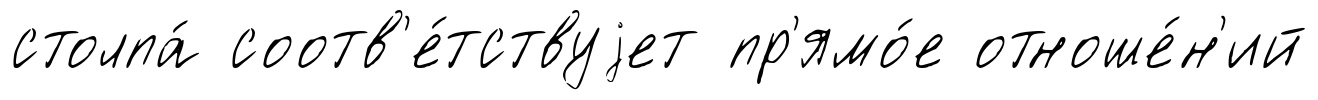
столпа́ соотв'е́тствуjет пр'ямо́е отноше́н'ий